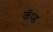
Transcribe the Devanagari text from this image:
कॅप्ड